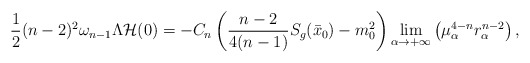
\begin{align*}\frac{1}{2} {(n-2)^2} \omega_{n-1} \Lambda \mathcal{H}(0)=-C_n \left(\frac{n-2}{4(n-1)}S_g(\bar{x}_0)-m_0^2 \right)\lim_{\alpha\to +\infty} \left(\mu_\alpha^{4-n}r_\alpha^{n-2} \right),\end{align*}